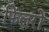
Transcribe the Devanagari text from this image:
फिलरों